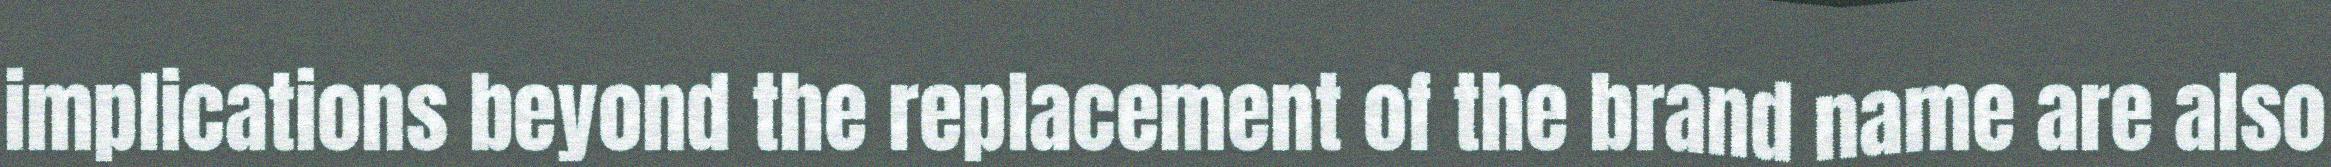
implications beyond the replacement of the brand name are also